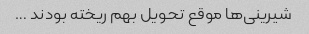
شیرینی‌ها موقع تحویل بهم ریخته بودند …